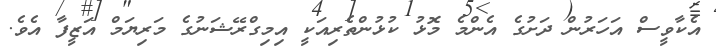
އެކާވީސް އަހަރުން ދަށުގެ އެންމެ މޮޅު ކުޅުންތެރިއަކީ އިމިގްރޭޝަނުގެ މަރިޔަމް އަޒީފާ އެވެ.